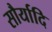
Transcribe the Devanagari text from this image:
सौर्यादि